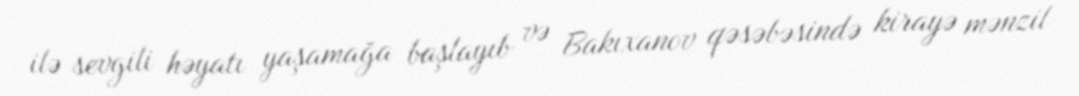
ilə sevgili həyatı yaşamağa başlayıb və Bakıxanov qəsəbəsində kirayə mənzil